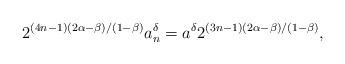
LaTeX: \begin{align*} 2^{(4n-1)(2\alpha-\beta)/(1-\beta)}a_n^{\delta} = a^{\delta} 2^{(3n-1)(2\alpha-\beta)/(1-\beta)}, \end{align*}